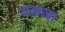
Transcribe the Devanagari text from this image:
यकजा